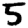
Digit: 5